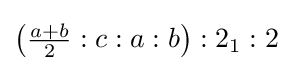
\left({\tfrac {a+b}{2}}:c:a:b\right):2_{1}:2